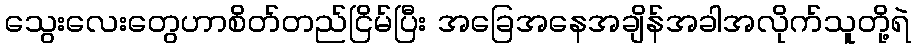
သွေးလေးတွေဟာစိတ်တည်ငြိမ်ပြီး အခြေအနေအချိန်အခါအလိုက်သူတို့ရဲ